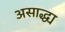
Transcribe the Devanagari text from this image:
असाद्ध्य